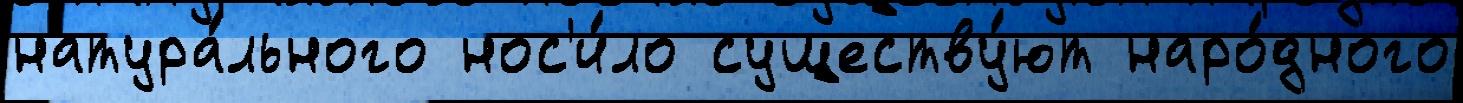
натура́льного нос'и́ло существу́ют наро́дного